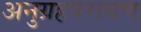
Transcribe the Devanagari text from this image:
अनुग्रहपरायण